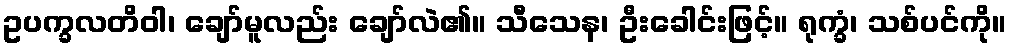
ဥပက္ခလတိဝါ၊ ချော်မူလည်း ချော်လဲ၏။ သီသေန၊ ဦးခေါင်းဖြင့်။ ရုက္ခံ၊ သစ်ပင်ကို။